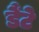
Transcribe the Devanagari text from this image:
डैंटे